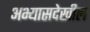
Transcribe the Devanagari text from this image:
अभ्यासदेखील